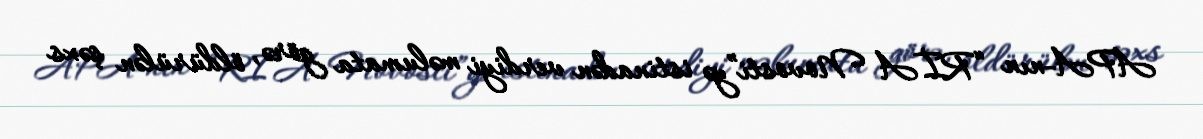
APA-nın “RİA Novosti”yə istinadən verdiyi məlumata görə, öldürülən şəxs